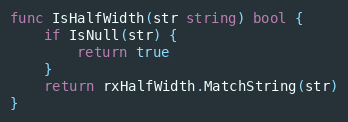
Language: Go
func IsHalfWidth(str string) bool {
	if IsNull(str) {
		return true
	}
	return rxHalfWidth.MatchString(str)
}